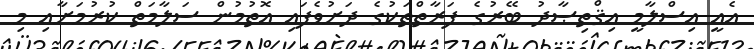
އެއީ އިސްލާމީ އިޤްތިޞާދު ބޭރުގެ ފަރާތްތަކުގެ ދަށުވެފައި އޮތުމުން ސަލާމަތް ކުރުމަށާއި މި